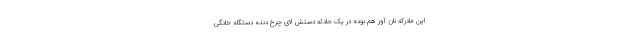
این مادرکه نان آور هم بوده در یک حادثه دستش لای چرخ دنده دستگاه خانگی